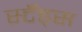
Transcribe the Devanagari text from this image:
स्टँड्स